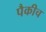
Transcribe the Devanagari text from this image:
पैकीच